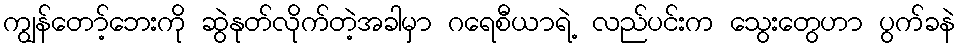
ကျွန်တော့်ဘေးကို ဆွဲနုတ်လိုက်တဲ့အခါမှာ ဂရေစီယာရဲ့ လည်ပင်းက သွေးတွေဟာ ပွက်ခနဲ